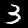
Digit: 3